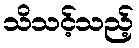
သိသင့်သည့်